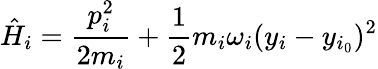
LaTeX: \hat{H}_{i}=\frac{p_{i}^{2}}{2m_{i}}+\frac{1}{2}m_{i}\omega_{i}(y_{i}-y_{i_{0}})^{2}